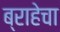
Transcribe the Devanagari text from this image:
ब्राहेचा